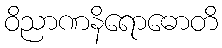
ဝိညာဏနိရောဓောတိ